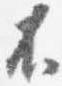
不